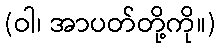
(ဝါ၊ အာပတ်တို့ကို။)